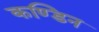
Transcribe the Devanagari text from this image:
कण्डिन